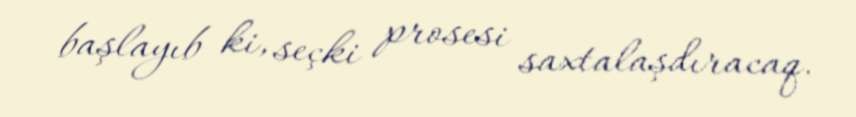
başlayıb ki, seçki prosesi saxtalaşdıracaq.